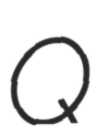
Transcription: Q